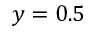
y = 0 . 5